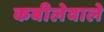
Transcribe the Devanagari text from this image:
कबीलेवाले